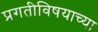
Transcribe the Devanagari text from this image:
प्रगतीविषयाच्या